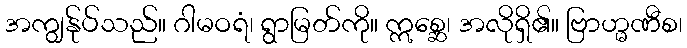
အကျွန်ုပ်သည်။ ဂါမဝရံ၊ ရွာမြတ်ကို။ ဣစ္ဆေ၊ အလိုရှိ၏။ ဗြာဟ္မဏီစ၊